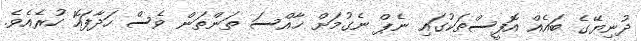
ދުނިޔޭގެ ބައެއް އޮފީސްތަކުގައި ނެޕް ނެގުމަށް ޚާއްސަ ތަންތަން ވެސް ހަދާފައޮ ހުރެއެެވެ.